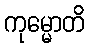
ကုမ္မောတိ